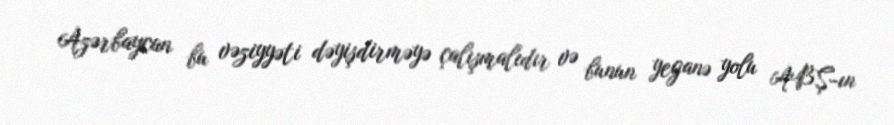
Azərbaycan bu vəziyyəti dəyişdirməyə çalışmalıdır və bunun yeganə yolu ABŞ-ın